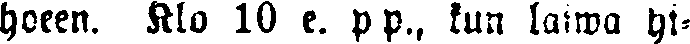
hoeen. Klo 10 e. p p., kun laiwa yt-